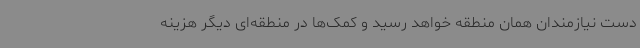
دست نیازمندان همان منطقه خواهد رسید و کمک‌ها در منطقه‌ای دیگر هزینه